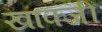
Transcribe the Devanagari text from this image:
खाफ्जी